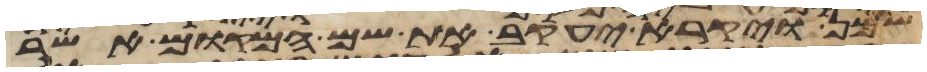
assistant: שמן ויקרא יעקב את שם המקום אשר